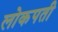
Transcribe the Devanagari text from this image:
लोकपती